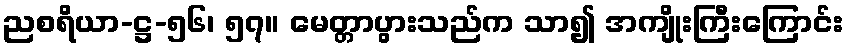
ညစရိယာ-ဋ္ဌ-၅၆၊ ၅၇။ မေတ္တာပွားသည်က သာ၍ အကျိုးကြီးကြောင်း